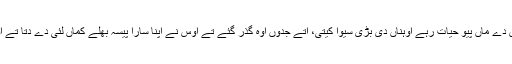
ایس پاروں، جدوں تیکر اوس دے ماں پیو حیات رہے اوہناں دی بڑی سیوا کیتی، اتے جدوں اوہ گذر گئے تے اوس نے اپنا سارا پیسہ بھلے کماں لئی دے دتا تے اوس مغروں بھکشو بن گئے۔